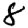
Digit: 8